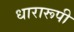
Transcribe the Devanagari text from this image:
धारारूपी